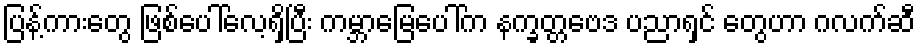
ပြန့်ကားတွေ ဖြစ်ပေါ်လေ့ရှိပြီး ကမ္ဘာမြေပေါ်က နက္ခတ္တဗေဒ ပညာရှင် တွေဟာ ဂလက်ဆီ